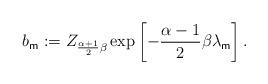
LaTeX: \begin{align*}b_{\mathsf{m}}:=Z_{\frac{\alpha +1}{2}\beta }\exp \left[ -\frac{\alpha -1}{2}\beta \lambda _{\mathsf{m}}\right] . \end{align*}